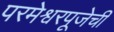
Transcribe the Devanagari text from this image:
परमेश्वरपूजेचीं